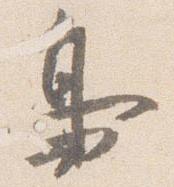
鳥